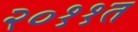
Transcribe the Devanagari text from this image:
२०११त